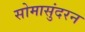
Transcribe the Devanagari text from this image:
सोमासुंदरन